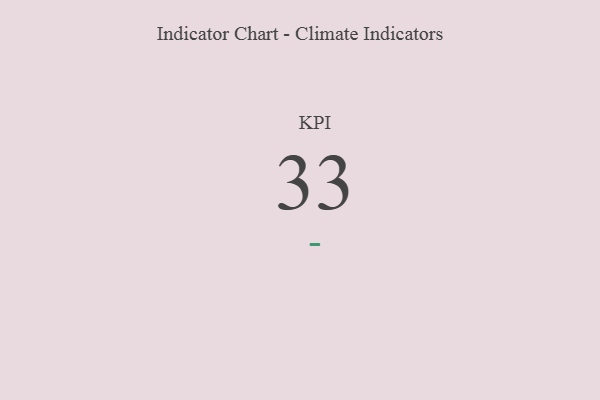
{"axis": {"x": "KPI", "y": "Value"}, "legend": [""], "data": [{"x": "KPI", "y": 33, "type": ""}]}